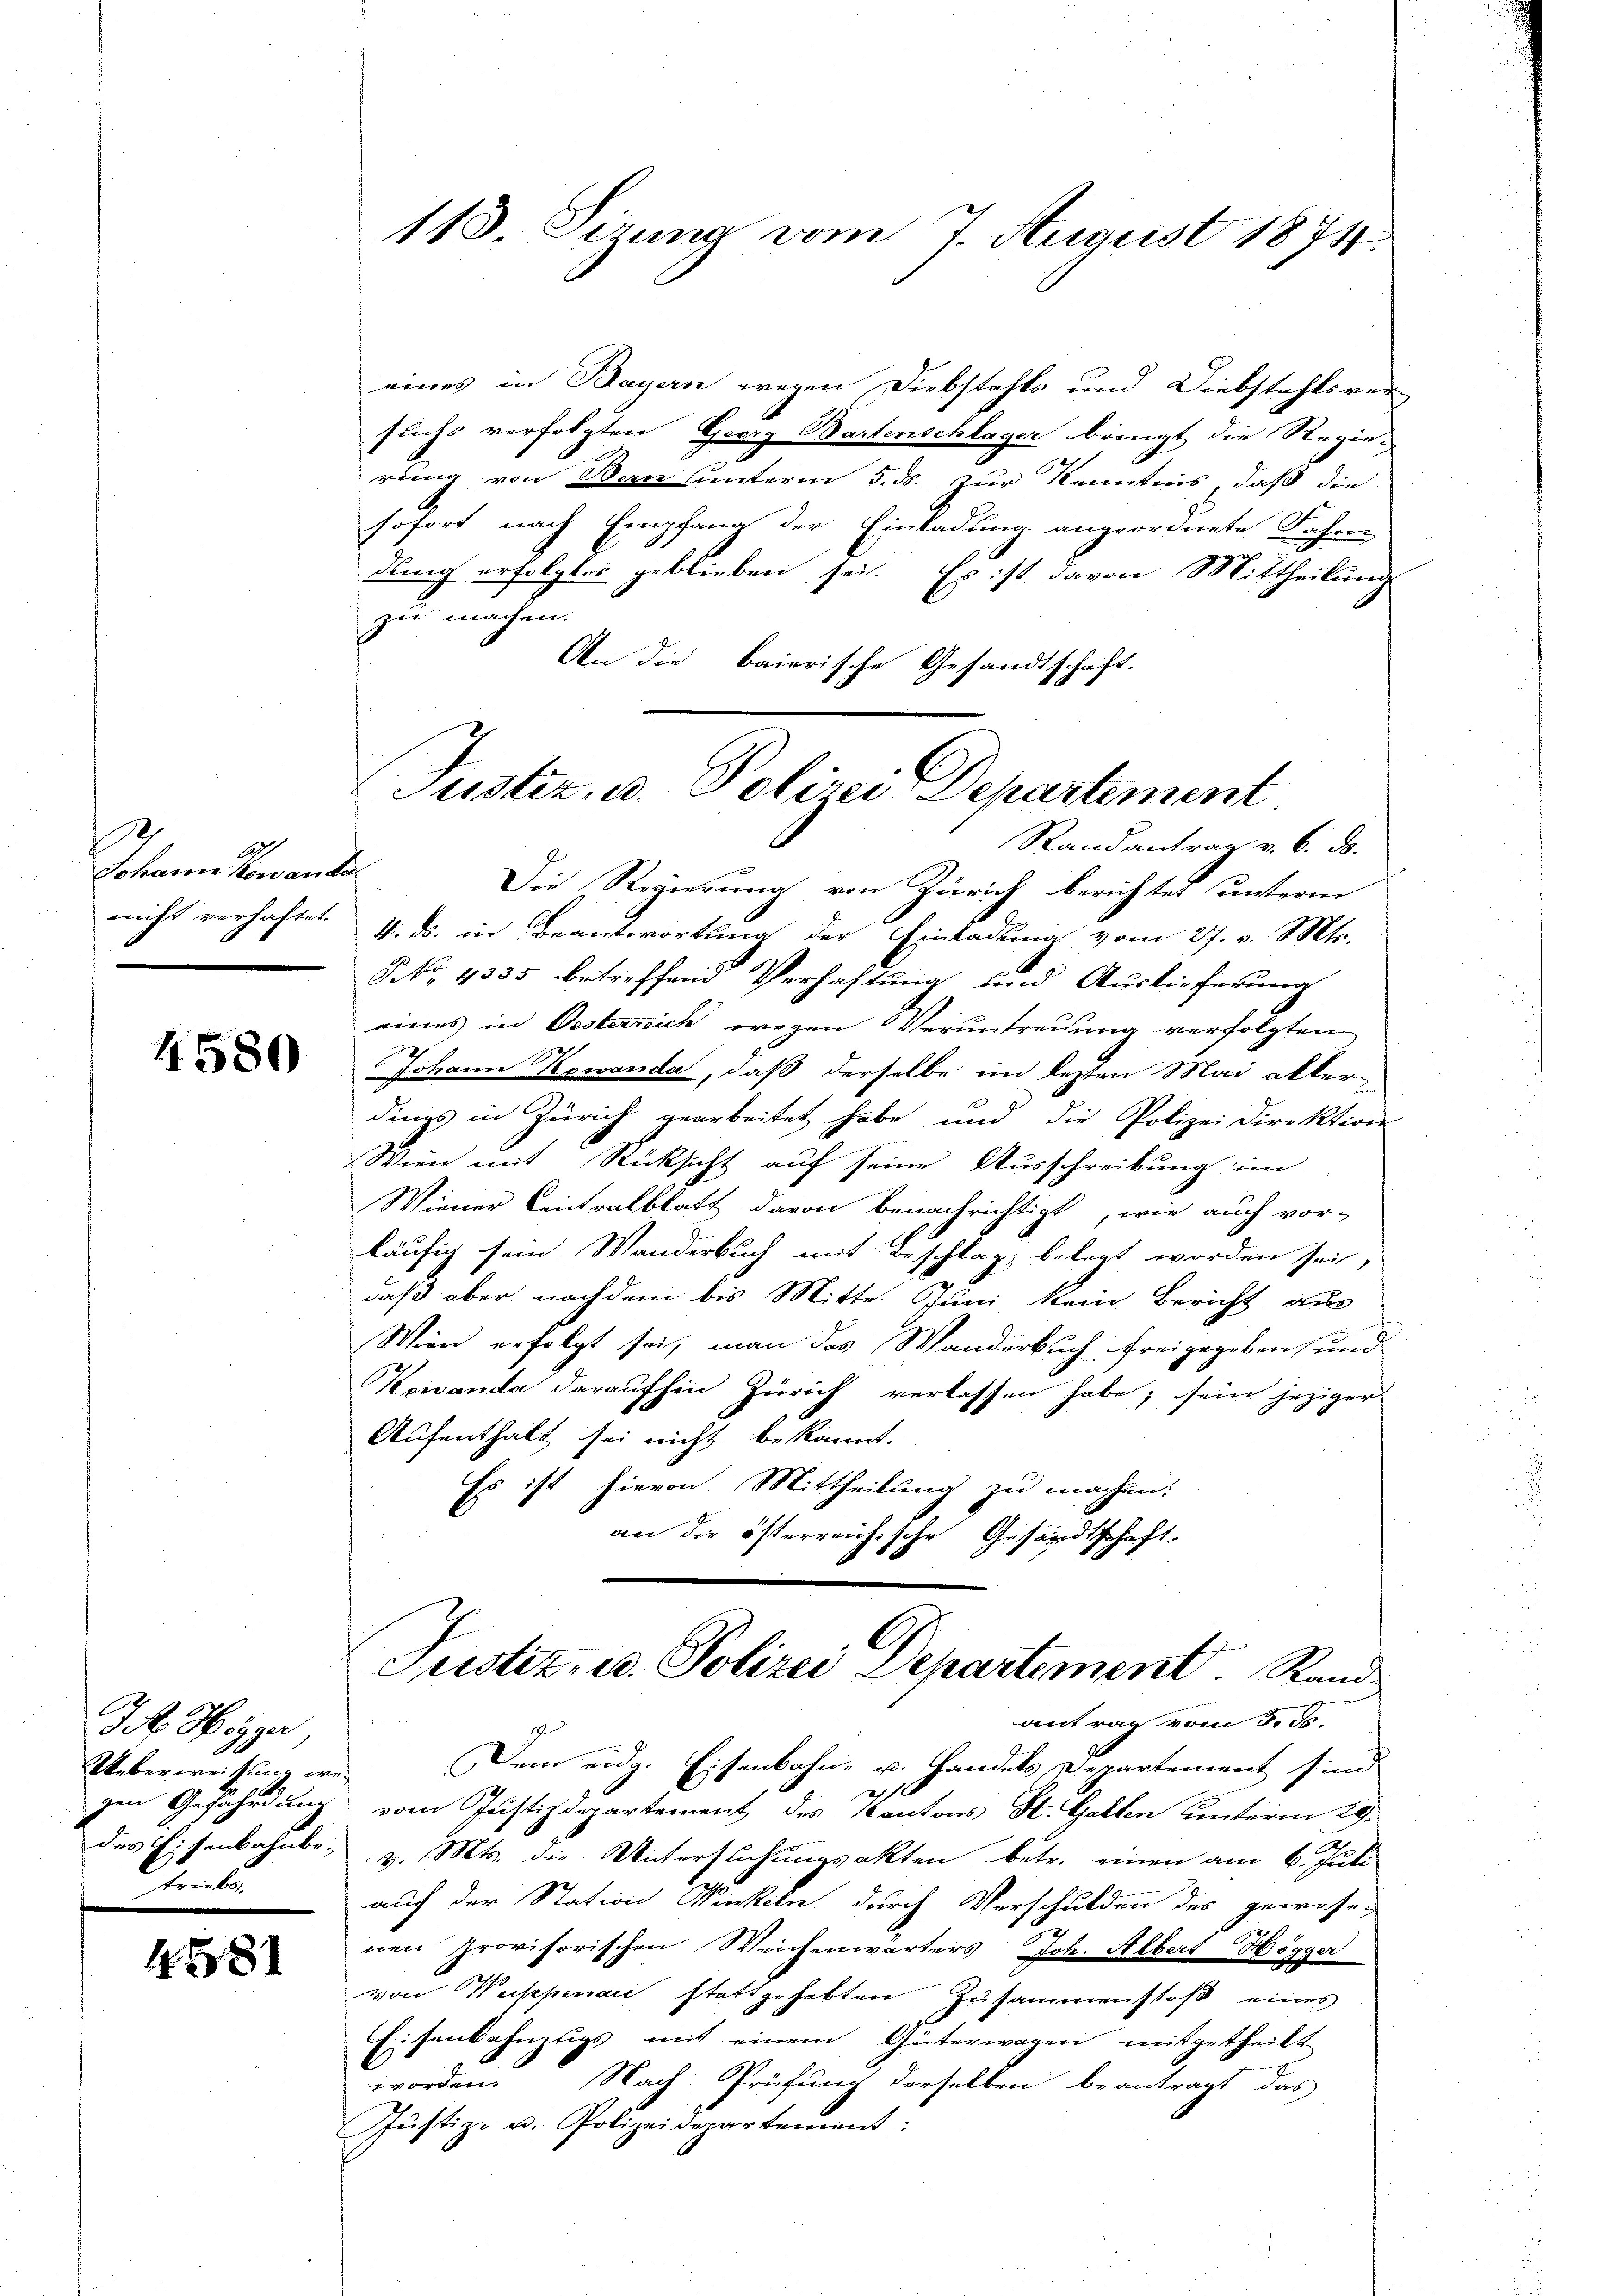
s
Johann Kowande
nicht verhaftet.

4580

I. Hegger
Ueber weisung we
gen Gefährdung
des Eisenbahnbetriken

4581

113. Sirung vom 7. August 1874.

eines in Bayern wegen Diebstahls und Diebstahls ver-
suchs verfolgten Georg Bartenschlager bringt die Regie-
rung von Bau unterm 5. ds. zur Kenntnis, daß die
sofort nach Empfang der Einladung angeordnete Fahne
dung erfolglos geblieben sei. Es ist davon Mittheilung
zu machen.
An die baierische Gesandtschaft.
Randantrag v. 6. d.
Die Regierung von Zürich berichtet unterm
4. ds. in Beantwortung der Einladung vom 27. v. Mts.
§ NNo. 4335 betreffend Verhaftung und Auslieferung
eines in Oesterreich wegen Veruntreuung verfolgten
Johann Kowanda, daß derselbe im lezten Mai allerdings in Zürich gearbeitet habe und die Polizei Direktion
Wien mit Rücksicht auf seine Ausschreibung im
Wiener Centralblatt davon benachrichtigt, wie auch vor-
läufig sein Wanderbuch mit Beschlag belegt worden sei,
daß aber nachdem bis Mitte. Juni kein Bericht aus
Wien erfolgt sei, man das Wanderbuch freigegeben, und
Kowanda daraufhin Zürich verlassen habe; sein jeziger
Aufenthalt sei nicht bekannt.
Es ist hievon Mittheilung zu machen.
an die österreichische Gesandtschaft.
Justiz- u. Polizei Departement. Rand
antrag vom 5. d.
Dem eidg. Eisenbahn- u. Handels Departement sind
2
vom Justizdepartement des Kantons St. Gallen hinterm 29.
d. Mts. die Untersuchungsakten betr. einen am 6. Juli
auf der Station Winkeln durch Verschulden des gewese-
2
nen provisorischen Weichenwärters Joh. Albert Wegger
von Wassenen stattgehabten Zusammenstoß eines
Eisenkahnzugs mit einem Güterwagen mitgetheilt
worden. Nach Prüfung derselben beantragt, das
Justiz- u. Polizeidepartement:

Justiz, u. Polizei Departement